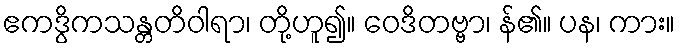
ဧကဒွိကသန္တတိဝါရာ၊ တို့ဟူ၍။ ဝေဒိတဗ္ဗာ၊ န်၏။ ပန၊ ကား။